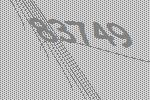
83749